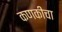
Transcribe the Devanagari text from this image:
कणकीचा